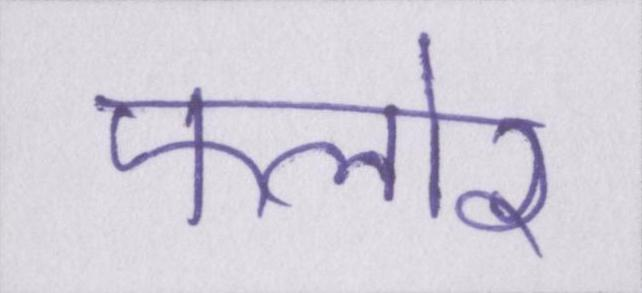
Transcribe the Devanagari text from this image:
फ्लोर